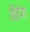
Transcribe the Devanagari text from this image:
विहेम